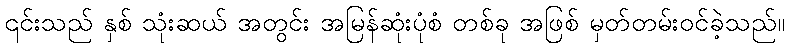
၎င်းသည် နှစ် သုံးဆယ် အတွင်း အမြန်ဆုံးပုံစံ တစ်ခု အဖြစ် မှတ်တမ်းဝင်ခဲ့သည်။